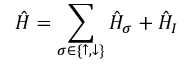
\hat { H } = \sum _ { \sigma \in \{ \uparrow , \downarrow \} } \hat { H } _ { \sigma } + \hat { H } _ { I }